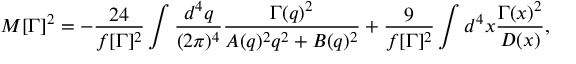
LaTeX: M [ \Gamma ] ^ { 2 } = - \frac { 2 4 } { f [ \Gamma ] ^ { 2 } } \int \frac { d ^ { 4 } q } { ( 2 \pi ) ^ { 4 } } \frac { \Gamma ( q ) ^ { 2 } } { A ( q ) ^ { 2 } q ^ { 2 } + B ( q ) ^ { 2 } } + \frac { 9 } { f [ \Gamma ] ^ { 2 } } \int d ^ { 4 } x \frac { \Gamma ( x ) ^ { 2 } } { D ( x ) } ,